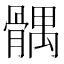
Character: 髃